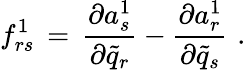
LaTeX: f_{rs}^{1}\, =\, {\frac{\partial a_{s}^{1}}{\partial{\tilde{q}}_{r}}}-{\frac{\partial a_{r}^{1}}{\partial{\tilde{q}}_{s}}}\, \, .